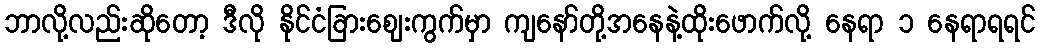
ဘာလို့လည်းဆိုတော့ ဒီလို နိုင်ငံခြားဈေးကွက်မှာ ကျနော်တို့အနေနဲ့ထိုးဖောက်လို့ နေရာ ၁ နေရာရရင်